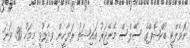
ނޮވެލްޓީ ބުކްޝޮޕްގެ ސޭލްސް މެނޭޖަރު އައިޝަތު ރަޔާހީން ވިދާޅުވީ މިމަހު 30 ވަނަ